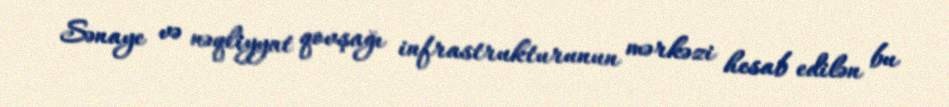
Sənaye və nəqliyyat qovşağı infrastrukturunun mərkəzi hesab edilən bu